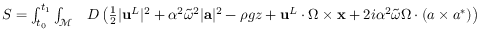
\begin{array} { r l } { S = \int _ { t _ { 0 } } ^ { t _ { 1 } } \int _ { \mathcal { M } } } & { { } { D } \left( \frac 1 2 | { \mathbf { u } } ^ { L } | ^ { 2 } + \alpha ^ { 2 } \widetilde { \omega } ^ { 2 } | { \mathbf { a } } | ^ { 2 } - \rho g z + { \mathbf { u } } ^ { L } \cdot \boldsymbol { \Omega } \times { \mathbf { x } } + 2 i \alpha ^ { 2 } \widetilde { \omega } \boldsymbol { \Omega } \cdot ( \boldsymbol { a } \times \boldsymbol { a } ^ { * } ) \right) } \end{array}